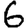
Digit: 6